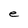
Character: e